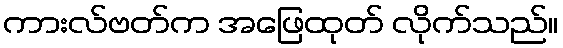
ကားလ်ဗတ်က အဖြေထုတ် လိုက်သည်။